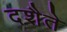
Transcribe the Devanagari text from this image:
दशैते